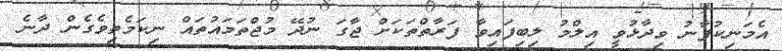
އެމަނިކުފާނު ވިދާޅުވީ އިލްމު ލިބިފައިވާ ފަރާތްތަކަށް ޖާގަ ނުދޭ މުޖްތަމައުތައް ނިކަމެތިވެގެން ދާނެ